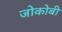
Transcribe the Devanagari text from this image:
जोकोबी